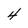
Character: 4